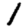
Digit: 1